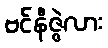
ဗင်နီဇွဲလား